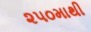
૨૫૦માથી